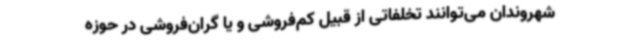
شهروندان می‌توانند تخلفاتی از قبیل کم‌فروشی و یا گران‌فروشی در حوزه